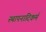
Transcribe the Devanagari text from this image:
स्थापनादिकर्म